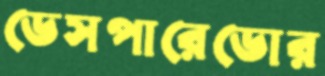
ডেসপারেডোর